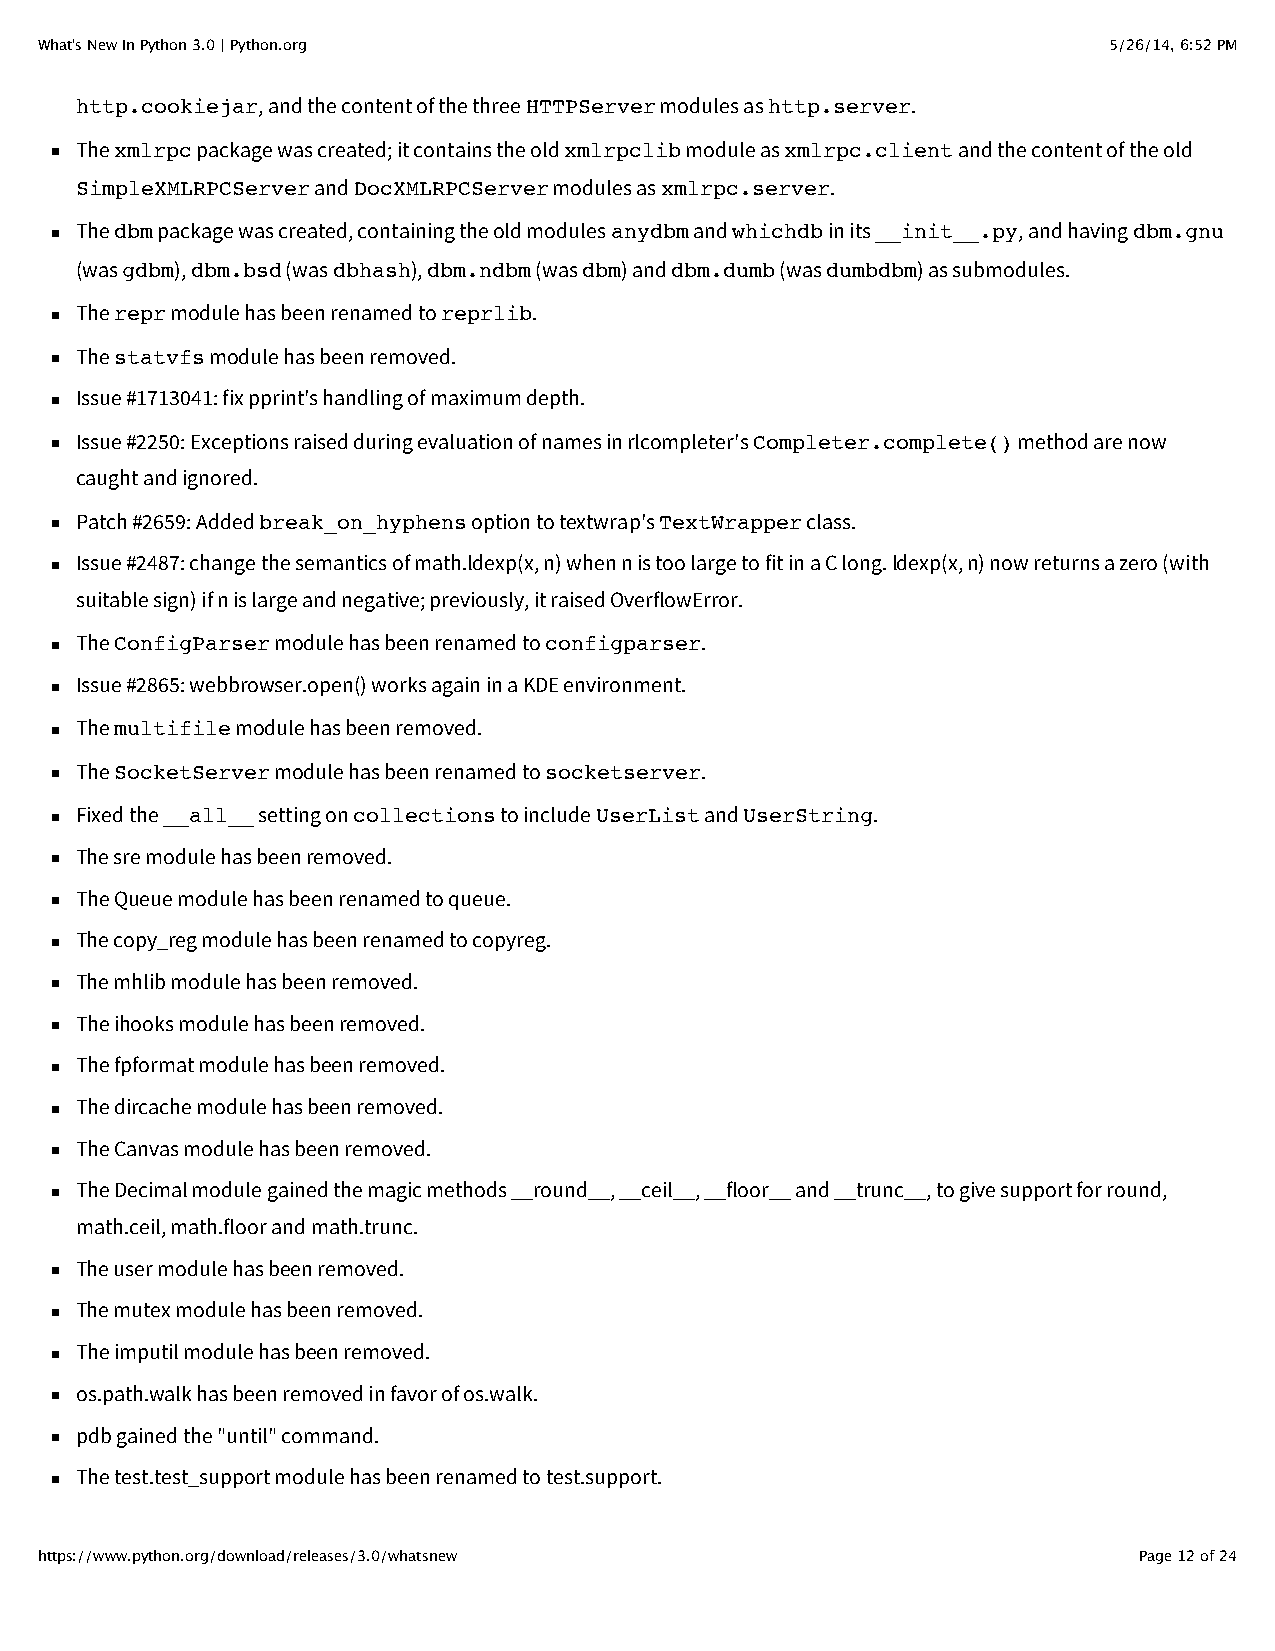
What's New In Python 3.0 | Python.org                                  5/26/14, 6:52 PM
 http.cookiejar, and the content of the three HTTPServer modules as http.server.
 The xmlrpc package was created; it contains the old xmlrpclib module as xmlrpc.client and the content of the old
 SimpleXMLRPCServer and DocXMLRPCServer modules as xmlrpc.server.
 The dbm package was created, containing the old modules anydbm and whichdb in its __init__.py, and having dbm.gnu
 (was gdbm), dbm.bsd (was dbhash), dbm.ndbm (was dbm) and dbm.dumb (was dumbdbm) as submodules.
 The repr module has been renamed to reprlib.
 The statvfs module has been removed.
 Issue #1713041: fix pprint's handling of maximum depth.
 Issue #2250: Exceptions raised during evaluation of names in rlcompleter's Completer.complete() method are now
 caught and ignored.
 Patch #2659: Added break_on_hyphens option to textwrap's TextWrapper class.
 Issue #2487: change the semantics of math.ldexp(x, n) when n is too large to fit in a C long. ldexp(x, n) now returns a zero (with
 suitable sign) if n is large and negative; previously, it raised OverflowError.
 The ConfigParser module has been renamed to configparser.
 Issue #2865: webbrowser.open() works again in a KDE environment.
 The multifile module has been removed.
 The SocketServer module has been renamed to socketserver.
 Fixed the __all__ setting on collections to include UserList and UserString.
 The sre module has been removed.
 The Queue module has been renamed to queue.
 The copy_reg module has been renamed to copyreg.
 The mhlib module has been removed.
 The ihooks module has been removed.
 The fpformat module has been removed.
 The dircache module has been removed.
 The Canvas module has been removed.
 The Decimal module gained the magic methods __round__, __ceil__, __floor__ and __trunc__, to give support for round,
 math.ceil, math.floor and math.trunc.
 The user module has been removed.
 The mutex module has been removed.
 The imputil module has been removed.
 os.path.walk has been removed in favor of os.walk.
 pdb gained the "until" command.
 The test.test_support module has been renamed to test.support.
 https://www.python.org/download/releases/3.0/whatsnew                    Page 12 of 24